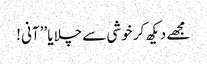
مجھے دیکھ کر خوشی سے چلایا ’’آنی !